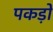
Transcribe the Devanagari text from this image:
पकड़ों